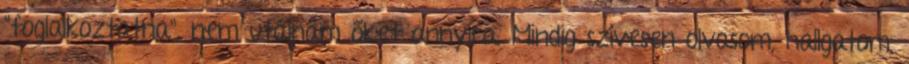
"foglalkoztatna", nem utálnám őket annyira. Mindig szívesen olvasom, hallgatom,